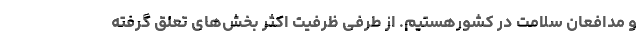
و مدافعان سلامت در کشورهستیم. از طرفی ظرفیت اکثر بخش‌های تعلق گرفته